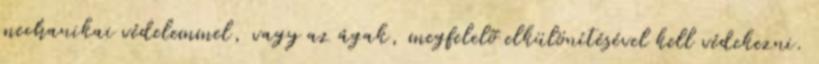
mechanikai védelemmel, vagy az ágak, megfelelõ elkülönítésével kell védekezni.